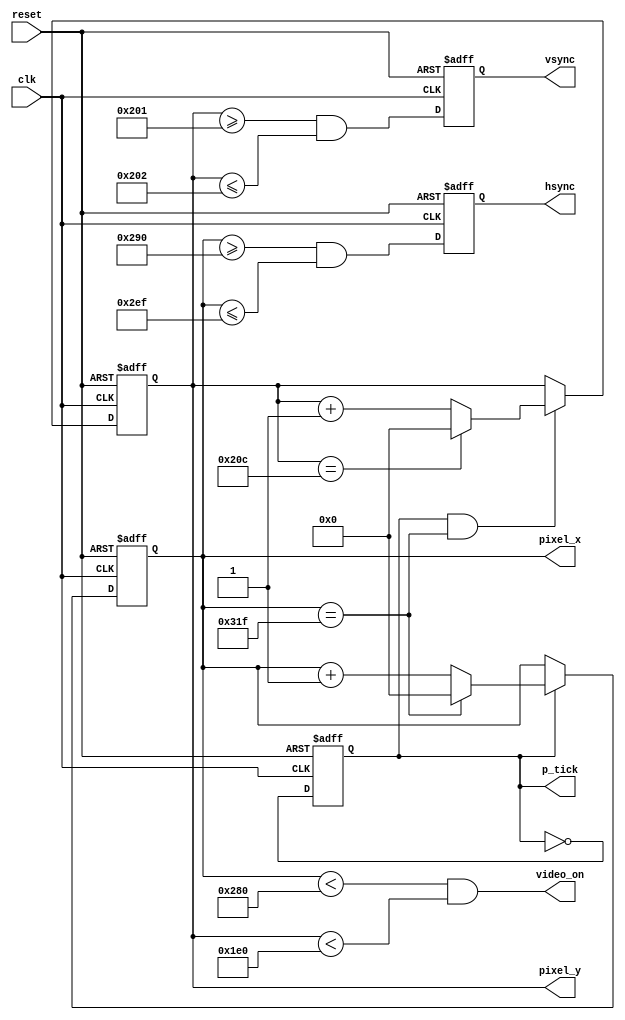
`timescale 1ns / 1ps
//////////////////////////////////////////////////////////////////////////////////
// Company: 
// Engineer: 
// 
// Design Name: 
// Module Name:    vga_sync 
// Project Name: 
// Target Devices: 
// Tool versions: 
// Description: 
//
// Dependencies: 
//
// Revision: 
// Revision 0.01 _ File Created
// Additional Comments: 
//
//////////////////////////////////////////////////////////////////////////////////
module vga_sync(input wire clk, reset,output wire hsync ,vsync, video_on, p_tick,
	output wire [9:0] pixel_x, pixel_y);
	// constantdeclaration
	// VGA 640_by_480 sync parameters
	localparam HD = 640; // horizontal display area
	localparam HF = 48 ; // h.front(left) border
	localparam HB = 16 ; // h.back (right) border
	localparam HR = 96 ; // h.retrace
	localparam VD = 480; // vertical display area
	localparam VF = 10; // v.front(top) border
	localparam VB = 33; // v.back (bottom) border
	localparam VR = 2; // v.retrace
	// mod_2 counter
	reg mod2_reg;
	wire mod2_next ;
	// sync counters
	reg [9:0] h_count_reg, h_count_next;
	reg [9:0] v_count_reg , v_count_next;
	// output buffer
	reg v_sync_reg, h_sync_reg;
	wire v_sync_next, h_sync_next;
	// status signal
	wire h_end,v_end,pixel_tick;
	// body
	// registers
	always @(posedge clk , posedge reset)
		if (reset)
			begin
				mod2_reg <= 1'b0;
				v_count_reg <= 0;
				h_count_reg <= 0 ;
				v_sync_reg <= 1'b0;
				h_sync_reg <= 1'b0;
			end
		else
			begin
				mod2_reg <= mod2_next ;
				v_count_reg <= v_count_next;
				h_count_reg <= h_count_next;
				v_sync_reg <= v_sync_next ;
				h_sync_reg <= h_sync_next ;
			end
	// mod_2 circuit to generate 25MHz enable tick
	assign mod2_next = ~mod2_reg;
	assign pixel_tick = mod2_reg;
	// status signals
	// end of horizontal counter (799)
	assign h_end = (h_count_reg==(HD+HF+HB+HR-1)) ;
	// end of vertical counter (524)
	assign v_end = (v_count_reg==(VD+VF+VB+VR-1)) ;

	// next_state  logic of  mod_800 horizontal sync counter
	always @*
		if (pixel_tick) // 25 MHz pulse
			if (h_end)
				h_count_next = 0 ;
			else
				h_count_next = h_count_reg + 1;
		else
			h_count_next = h_count_reg;
	// next_state  logic of  mod_525 vertical sync counter
	always @*
		if (pixel_tick & h_end)
			if (v_end)
				v_count_next = 0;
			else
				v_count_next = v_count_reg + 1;
		else
			v_count_next = v_count_reg;
	// horizontal and vertical sync , buffered to avoid glitch
	// h_svnc_next asserted between 656 and 751
	assign h_sync_next = (h_count_reg>=(HD+HB) &&
								h_count_reg<=(HD+HB+HR-1));
	// vh_sync_next asserted between 490 and 491
	assign v_sync_next = (v_count_reg>=(VD+VB) &&
								v_count_reg<=(VD+VB+VR-1));

	// video on/off
   assign video_on = (h_count_reg<HD) && (v_count_reg<VD);
	// output
	assign hsync = h_sync_reg;
	assign vsync = v_sync_reg;
	assign pixel_x = h_count_reg;
	assign pixel_y = v_count_reg;
	assign p_tick = pixel_tick;
endmodule